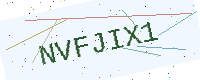
Text: NVFJIX1